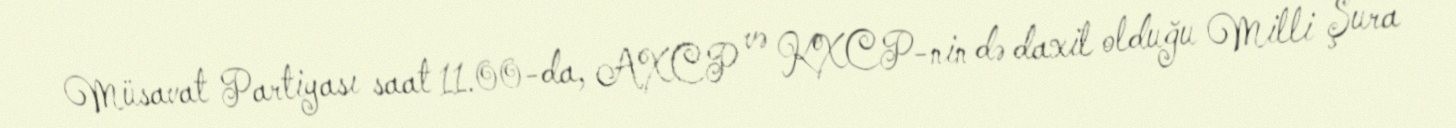
Müsavat Partiyası saat 11.00-da, AXCP və KXCP-nin də daxil olduğu Milli Şura